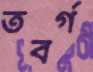
তবর্গ